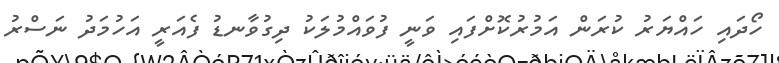
ހޯދައި ހައްޔަރު ކުރަން އަމުރުކޮށްފައި ވަނީ ފުވައްމުލަކު ދިގުވާނޑު ފެއަރީ އަހުމަދު ނަސްރު